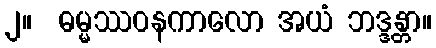
၂။  ဓမ္မဿဝနကာလော အယံ ဘဒ္ဒန္တာ။